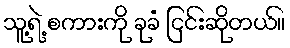
သူ့ရဲ့ စကားကို ခုခံ ငြင်းဆိုတယ်။